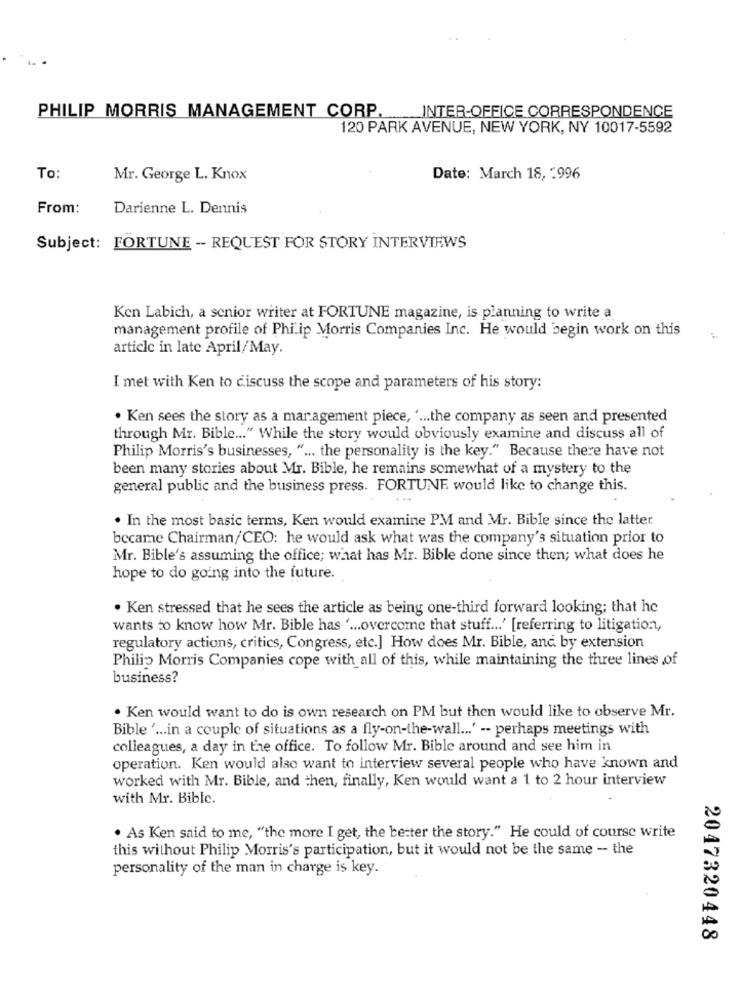
PHILIP MORRIS MANAGEMENT CORP.
INTER-OFFICE CORRESPONDENCE
120 PARK AVENUE, NEW YORK, NY 10017-5592
To:
Mr. George L. Knox
Date: March 18, 1996
From:
Darienne L. Dennis
Subject: FORTUNE -- REQUEST FOR STORY INTERVIEWS
Ken Labich, a senior writer at FORTUNE magazine, is planning to write a
management profile of Philip Morris Companies Inc. He would begin work on this
article in late April/May.
I met with Ken to discuss the scope and parameters of his story:
. Ken sees the story as a management piece, ' ... the company as seen and presented
through Mr. Bible ... " While the story would obviously examine and discuss all of
Philip Morris's businesses, " ... the personality is the key." Because there have not
been many stories about Mr. Bible, he remains somewhat of a mystery to the
general public and the business press. FORTUNE would like to change this.
. In the most basic terms, Ken would examine PM and Mr. Bible since the latter
became Chairman/CEO: he would ask what was the company's situation prior to
Mr. Bible's assuming the office; what has Mr. Bible done since then; what does he
hope to do going into the future.
. Ken stressed that he sees the article as being one-third forward looking; that hc
wants to know how Mr. Bible has ' ... overcome that stuff ... ' [referring to litigation,
regulatory actions, critics, Congress, etc.] How does Mr. Bible, and by extension
Philip Morris Companies cope with all of this, while maintaining the three lines ,of
business?
. Ken would want to do is own research on PM but then would like to observe Mr.
Bible ' ... in a couple of situations as a fly-on-the-wall ... ' -- perhaps meetings with
colleagues, a day in tre office. To follow Mr. Bible around and see him in
operation. Ken would also want to interview several people who have known and
worked with Mr. Bible, and then, finally, Ken would want a 1 to 2 hour interview
with Mr. Bible.
. As Ken said to me, "the more I get, the better the story." He could of course write
this without Philip Morris's participation, but it would not be the same - the
personality of the man in charge is key.
2047320448